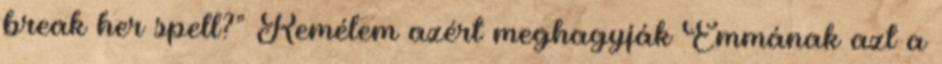
break her spell?” Remélem azért meghagyják Emmának azt a